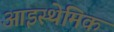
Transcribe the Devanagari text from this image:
आइस्थेमिक